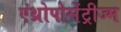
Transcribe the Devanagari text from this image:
एंथ्रोपोसेंट्रीज्म